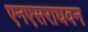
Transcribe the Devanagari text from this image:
एनएसराघवन